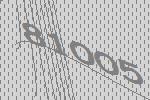
81005